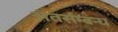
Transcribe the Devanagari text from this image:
अंतर्सम्बन्ध